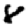
Digit: 8